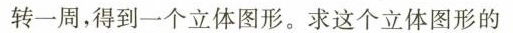
转一周，得到一个立体图形。求这个立体图形的